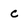
Character: c